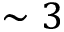
\sim 3